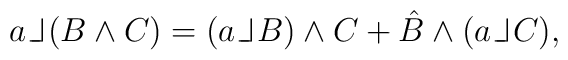
a {\mathbin{\rm\vphantom{X}\hskip 1.1pt\hskip -0.5pt\_\hskip -0.3em\_\vrule width 0.5pt\hskip 1.7pt}} (B\wedge C) =(a {\mathbin{\rm\vphantom{X}\hskip 1.1pt\hskip -0.5pt\_\hskip -0.3em\_\vrule width 0.5pt\hskip 1.7pt}} B)\wedge C + \hat{B} \wedge (a {\mathbin{\rm\vphantom{X}\hskip 1.1pt\hskip-0.5pt\_\hskip -0.3em\_\vrule width 0.5pt\hskip 1.7pt}} C) ,